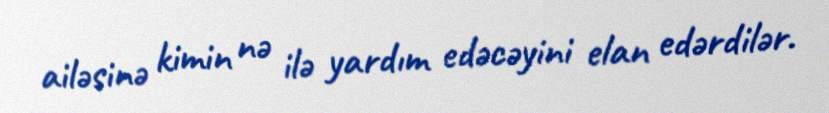
ailəsinə kimin nə ilə yardım edəcəyini elan edərdilər.